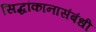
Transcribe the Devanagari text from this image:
सिद्धांकानासंबंधी